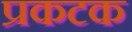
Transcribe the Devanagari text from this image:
प्रकटक